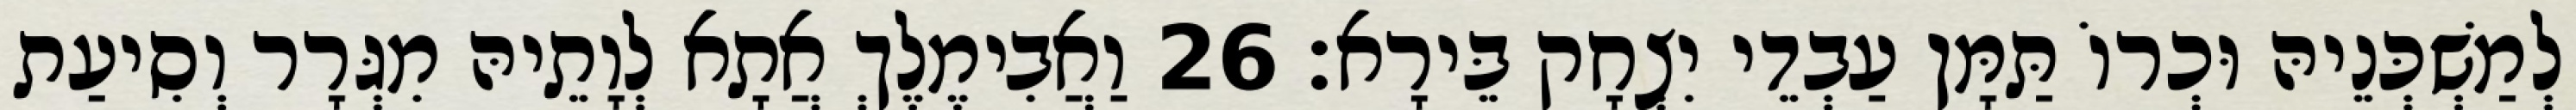
לְמַשְׁכְּנֵיהּ וּכְרוֹ תַּמָּן עַבְדֵי יִצְחָק בֵּירָא׃ 26 וַאֲבִימֶלֶךְ אֲתָא לְוָתֵיהּ מִגְּרָר וְסִיעַת